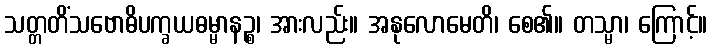
သတ္တတိံသဗောဓိပက္ခယဓမ္မာနဉ္စ၊ အားလည်း။ အနုလောမေတိ၊ စေ၏။ တသ္မာ၊ ကြောင့်။